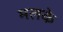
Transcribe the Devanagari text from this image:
मलके